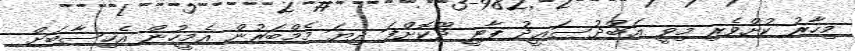
މިހާރު ކުށްވެރި މިވީ ޢަބްދުސަޢީދު ޕާޓީ ދޫކޮށްފަ ދިޔަ މެމްބަރުން އެމީހުން އެހިސާބަށް